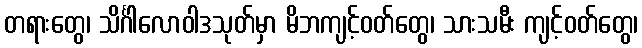
တရားတွေ၊ သိင်္ဂါလောဝါဒသုတ်မှာ မိဘကျင့်ဝတ်တွေ၊ သားသမီး ကျင့်ဝတ်တွေ၊